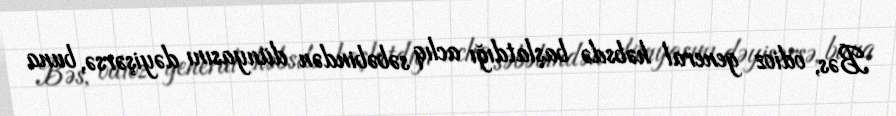
Bəs, odioz general həbsdə başlatdığı aclıq səbəbindən dünyasını dəyişərsə, buna